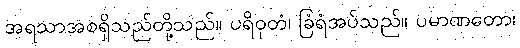
အရသာအစရှိသည်တို့သည်။ ပရိဝုတံ၊ ခြံရံအပ်သည်။ ပမာဏတော၊